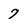
Character: 7